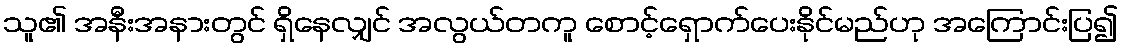
သူ၏ အနီးအနားတွင် ရှိနေလျှင် အလွယ်တကူ စောင့်ရှောက်ပေးနိုင်မည်ဟု အကြောင်းပြ၍